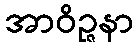
အာဝိဉ္ဇနာ